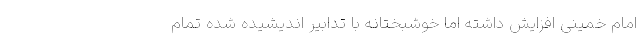
امام خمینی افزایش داشته اما خوشبختانه با تدابیر اندیشیده شده تمام